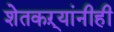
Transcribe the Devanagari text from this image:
शेतकऱ्यांनीही